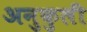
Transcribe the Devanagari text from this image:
अनुकुली